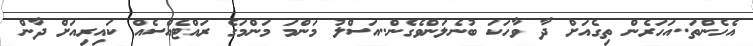
އެހެންތަ..އަހަރެން ތިގެއަށް ދާ ވާހަކަ ބުނެލަންވެގެން..އަސްލު މަންމަ މަންމަގެ ރައްޓެއްސެއް ކައިރިއަށް ދާން